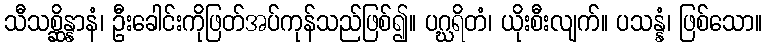
သီသစ္ဆိန္နာနံ၊ ဦးခေါင်းကိုဖြတ်အပ်ကုန်သည်ဖြစ်၍။ ပဂ္ဃရိတံ၊ ယိုးစီးလျက်။ ပသန္နံ၊ ဖြစ်သော။